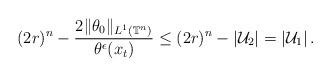
LaTeX: \begin{align*}(2r)^n-\frac{2\|\theta_0\|_{L^1\left(\mathbb{T}^{n}\right)}}{\theta^\epsilon(x_t)}\leq (2r)^n- \left|\mathcal{U}_2\right|= \left|\mathcal{U}_1\right|.\end{align*}